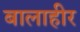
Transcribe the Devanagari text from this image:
बालाहीर